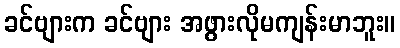
ခင်ဗျားက ခင်ဗျား အဖွားလိုမကျန်းမာဘူး။